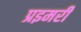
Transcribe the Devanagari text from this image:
प्रइमरी